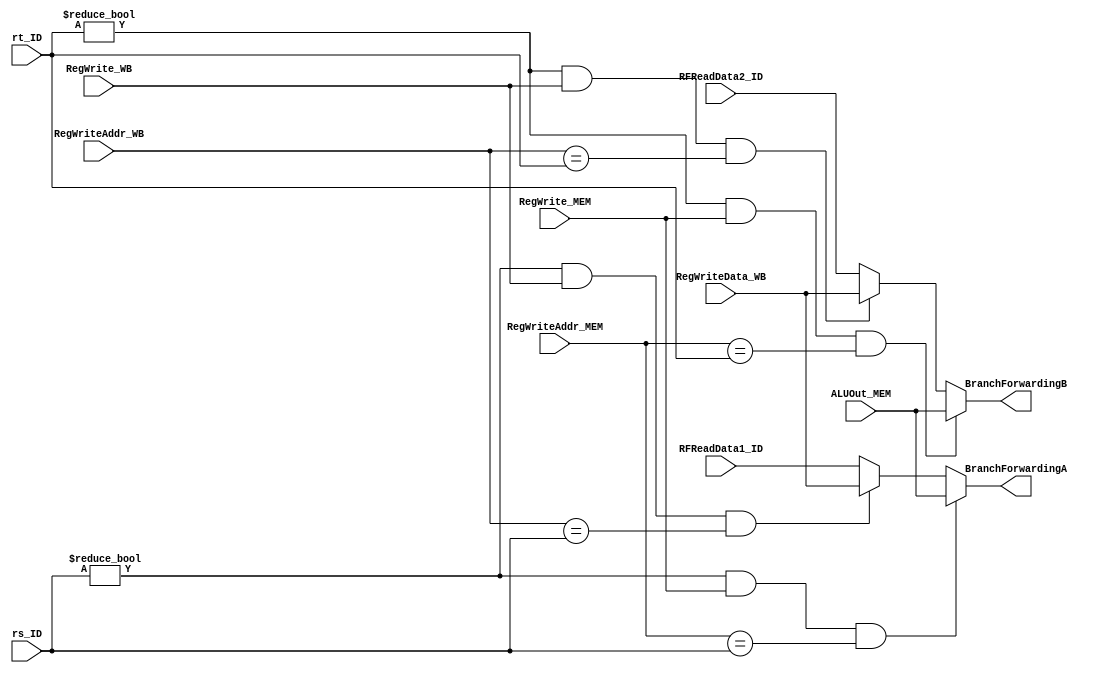
module BranchForwardingUnit(
    input [4:0] rs_ID,
    input [4:0] rt_ID,
    input [31:0] RFReadData1_ID,
    input [31:0] RFReadData2_ID,
    input [4: 0] RegWriteAddr_MEM,
    input [31: 0] ALUOut_MEM,
    input RegWrite_MEM,
    input [4:0] RegWriteAddr_WB,
    input [31:0] RegWriteData_WB,
    input RegWrite_WB,
    output [31:0] BranchForwardingA,
    output [31:0] BranchForwardingB
);

assign BranchForwardingA = 
(rs_ID != 0 && RegWrite_MEM && (RegWriteAddr_MEM == rs_ID))? ALUOut_MEM:
                            (rs_ID != 0 && RegWrite_WB && (RegWriteAddr_WB == rs_ID))? RegWriteData_WB:
                            RFReadData1_ID;

assign BranchForwardingB = 
(rt_ID != 0 && RegWrite_MEM && (RegWriteAddr_MEM == rt_ID))? ALUOut_MEM:
                            (rt_ID != 0 && RegWrite_WB && (RegWriteAddr_WB == rt_ID))? RegWriteData_WB:
                            RFReadData2_ID;

endmodule